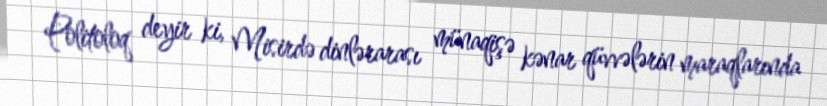
Politoloq deyir ki, Misirdə dinlərarası münaqişə kənar qüvvələrin maraqlarında